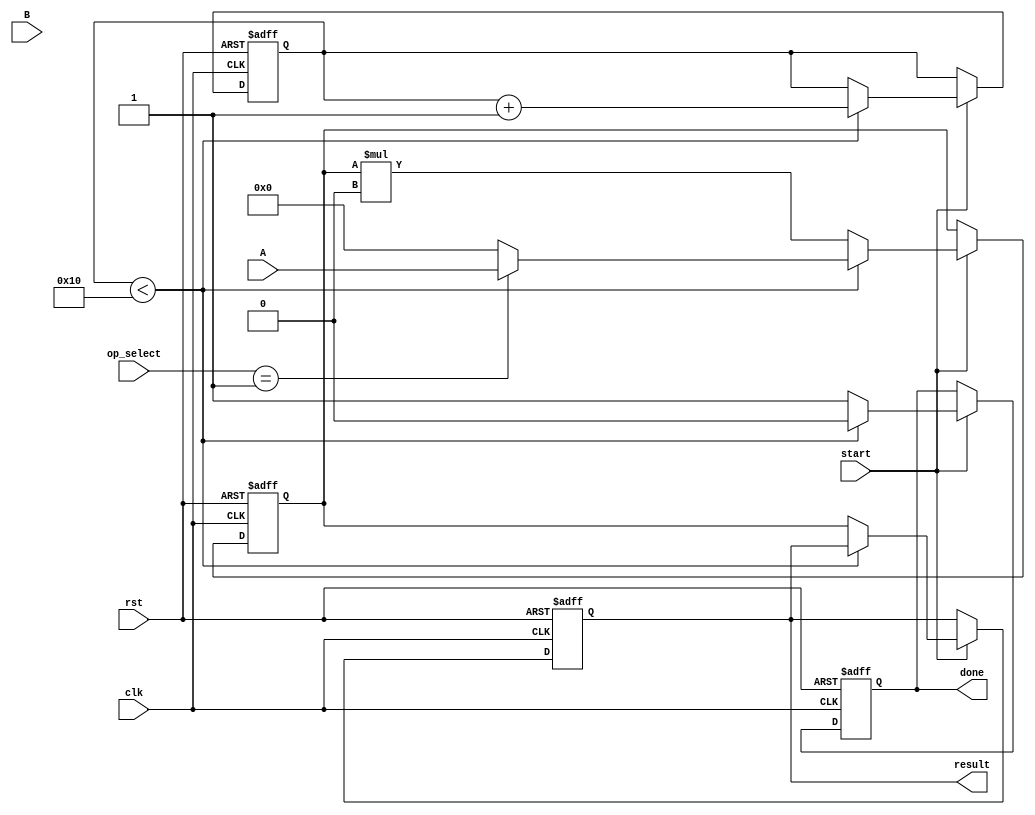
module CORDIC (
    input clk,
    input rst,
    input start,
    input [31:0] A, // Operand A in IEEE 754 format
    input [31:0] B, // Operand B in IEEE 754 format
    input [2:0] op_select, // Operation selector (0: sine, 1: cosine, etc.)
    output reg [31:0] result, // Result in IEEE 754 format
    output reg done // Operation done flag
);

    // Internal signals
    reg [31:0] x, y, z; // x, y, z registers for CORDIC
    reg [7:0] iteration; // Iteration counter
    reg [31:0] atan_lut [0:15]; // Lookup table for atan values
    reg [31:0] scaling_factor; // Scaling factor adjustment

    // Initialization of lookup table for atan values (in fixed-point representation)
    initial begin
        // Assuming atan(2^(-i)) values in fixed-point format (example values)
        atan_lut[0] = 32'h20000000; // atan(1) = /4
        atan_lut[1] = 32'h146A6A6A; // atan(0.5)
        atan_lut[2] = 32'h0C90F3F3; // atan(0.25)
        // ... complete the lookup table for required iterations
    end

    // Scaling factor for CORDIC
    always @(*) begin
        scaling_factor = 32'h00000000; // Adjust according to the number of iterations
        // compute scaling_factor based on iterations
    end

    // CORDIC iterative process
    always @(posedge clk or posedge rst) begin
        if (rst) begin
            x <= 32'h00000000; // Initialize x
            y <= 32'h00000000; // Initialize y
            z <= 32'h00000000; // Initialize z
            iteration <= 0;
            result <= 32'h00000000;
            done <= 0;
        end else if (start) begin
            // Initialize inputs based on operation
            case (op_select)
                3'b000: begin // Sine
                    x <= 32'h00000000; // Initial x = 0
                    y <= A; // y = A
                    z <= B; // z = angle in radians
                end
                3'b001: begin // Cosine
                    x <= A; // Initial x = A
                    y <= 32'h00000000; // y = 0
                    z <= B; // z = angle in radians
                end
                // Other operations can be added here
                default: begin
                    x <= 32'h00000000;
                    y <= 32'h00000000;
                    z <= 32'h00000000;
                end
            endcase

            // Start iterative process
            done <= 0;
            if (iteration < 16) begin // Example for 16 iterations
                if (z < 0) begin
                    // Perform rotation
                    // Implement rotation logic here based on angle z
                    // Update x, y and z for step
                end else begin
                    // Perform the opposite rotation
                end
                iteration <= iteration + 1;
            end else begin
                // Final scaling step
                x <= x * scaling_factor; // Apply scaling factor
                y <= y * scaling_factor;
                // Combine x and y into result depending on operation
                result <= {x[31:0]}; // Format result back to floating-point
                done <= 1; // Set done flag
            end
        end
    end

endmodule